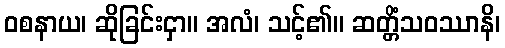
ဝစနာယ၊ ဆိုခြင်းငှာ။ အလံ၊ သင့်၏။ ဆတ္တိံသဝဿာနိ၊